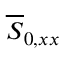
\overline { { S } } _ { 0 , x x }